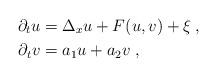
LaTeX: \begin{align*}\partial_t u &= \Delta_x u + F(u,v) + \xi\;, \\\partial_t v &= a_1 u + a_2 v\;, \end{align*}